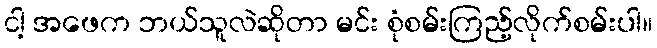
ငါ့ အဖေက ဘယ်သူလဲဆိုတာ မင်း စုံစမ်းကြည့်လိုက်စမ်းပါ။